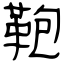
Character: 鞄